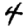
Digit: 4